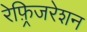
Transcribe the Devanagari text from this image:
रेफ़्रिजरेशन